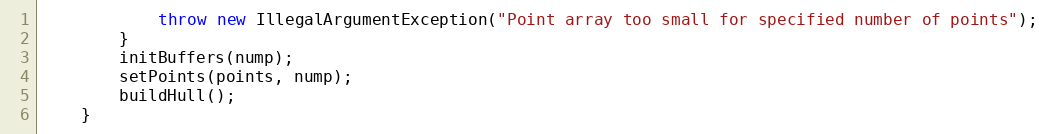
Language: Java
            throw new IllegalArgumentException("Point array too small for specified number of points");
        }
        initBuffers(nump);
        setPoints(points, nump);
        buildHull();
    }